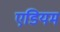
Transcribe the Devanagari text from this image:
एडियम